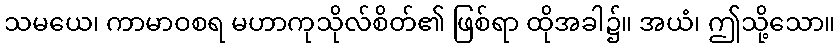
သမယေ၊ ကာမာဝစရ မဟာကုသိုလ်စိတ်၏ ဖြစ်ရာ ထိုအခါ၌။ အယံ၊ ဤသို့သော။